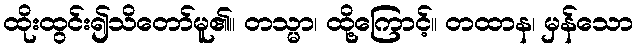
ထိုးထွင်း၍သိတော်မူ၏။ တသ္မာ၊ ထို့ကြောင့်။ တထာန၊ မှန်သော